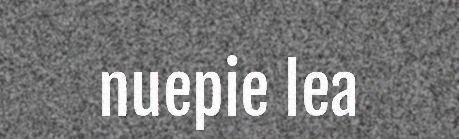
nuepie lea